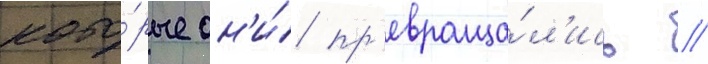
кото́рые он'и́ пр'евраща́л'ись //